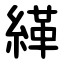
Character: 緙